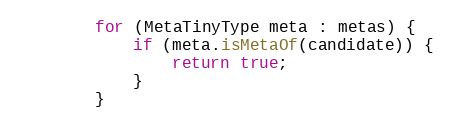
Language: Java
        for (MetaTinyType meta : metas) {
            if (meta.isMetaOf(candidate)) {
                return true;
            }
        }